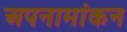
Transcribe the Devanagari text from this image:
अपनामांकन